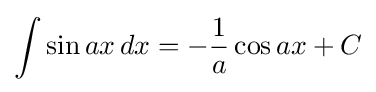
\int \sin ax\,dx=-{\frac {1}{a}}\cos ax+C